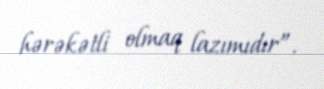
hərəkətli olmaq lazımıdır”.